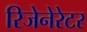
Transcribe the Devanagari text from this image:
रिजेनेरेटर